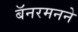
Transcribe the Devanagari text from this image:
बॅनरमनने